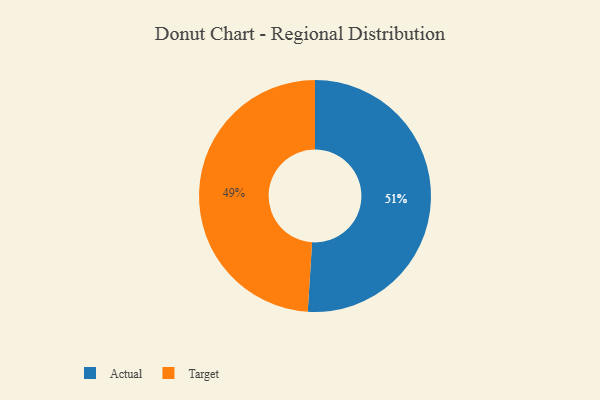
{"axis": {"x": "Category", "y": "Percentage"}, "legend": ["Actual", "Target"], "data": [{"x": "Actual", "y": 51, "type": "Actual"}, {"x": "Target", "y": 49, "type": "Target"}]}